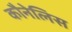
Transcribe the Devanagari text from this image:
कौनेलिस